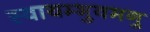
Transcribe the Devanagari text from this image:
स्वायम्भुवमनु